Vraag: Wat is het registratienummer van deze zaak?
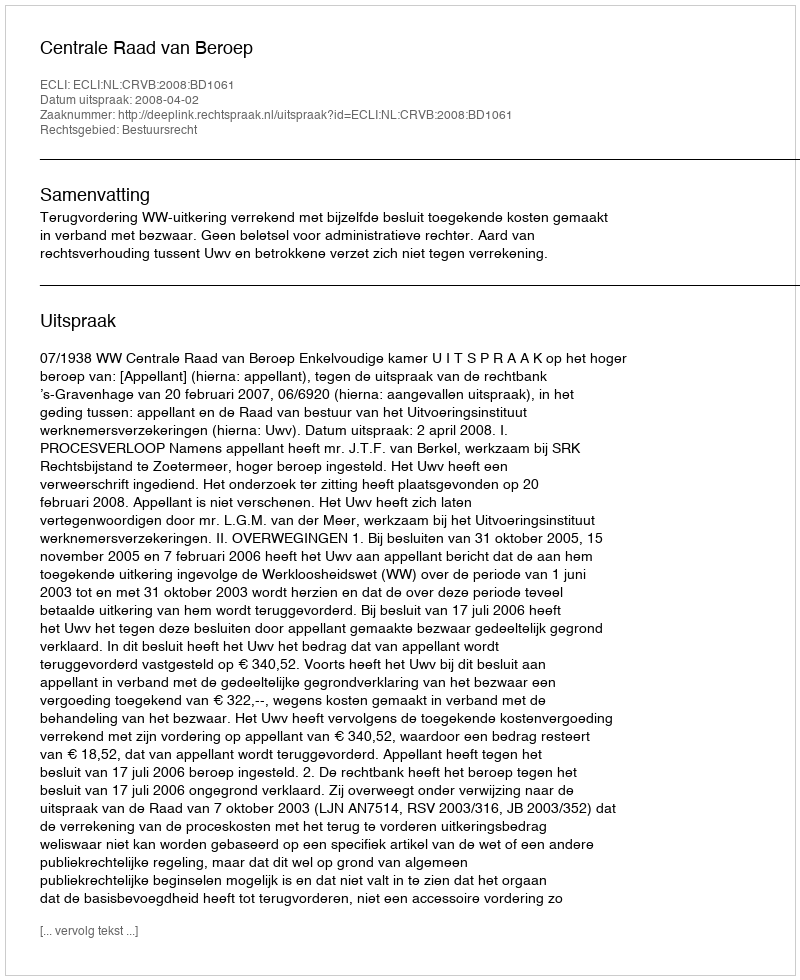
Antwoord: http://deeplink.rechtspraak.nl/uitspraak?id=ECLI:NL:CRVB:2008:BD1061